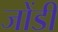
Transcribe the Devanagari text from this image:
जोंडी